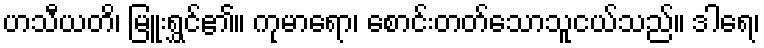
ဟသီယတိ၊ မြူးရွှင်၏။ ကုမာရော၊ စောင်းတတ်သောသူငယ်သည်။ ဒါရေ၊